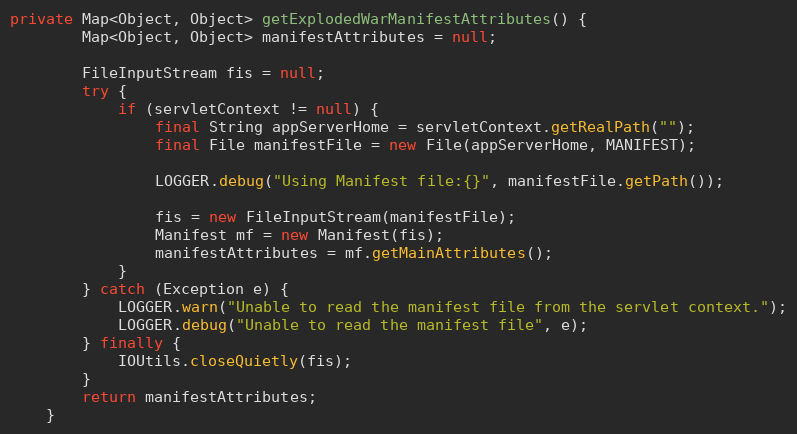
Language: Java
private Map<Object, Object> getExplodedWarManifestAttributes() {
	    Map<Object, Object> manifestAttributes = null;

	    FileInputStream fis = null;
	    try {
            if (servletContext != null) {
                final String appServerHome = servletContext.getRealPath("");
                final File manifestFile = new File(appServerHome, MANIFEST);

                LOGGER.debug("Using Manifest file:{}", manifestFile.getPath());

                fis = new FileInputStream(manifestFile);
                Manifest mf = new Manifest(fis);
                manifestAttributes = mf.getMainAttributes();
            }
        } catch (Exception e) {
            LOGGER.warn("Unable to read the manifest file from the servlet context.");
            LOGGER.debug("Unable to read the manifest file", e);
        } finally {
            IOUtils.closeQuietly(fis);
        }
        return manifestAttributes;
	}